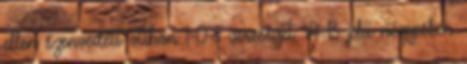
ellen szenvedett otthon 1-0-s vereséget. A B jelű négyesben